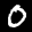
Label: 0